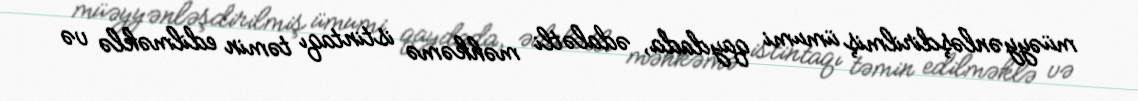
müəyyənləşdirilmiş ümumi qaydada, ədalətli məhkəmə istintaqı təmin edilməklə və